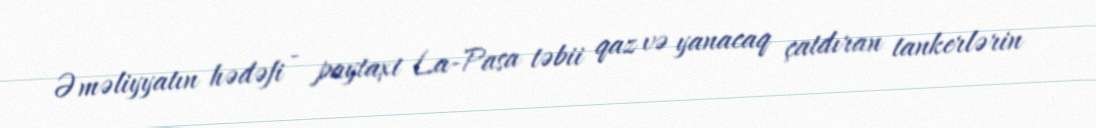
Əməliyyatın hədəfi - paytaxt La-Pasa təbii qaz və yanacaq çatdıran tankerlərin